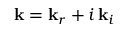
\mathbf { k } = \mathbf { k } _ { r } + i \, \mathbf { k } _ { i }